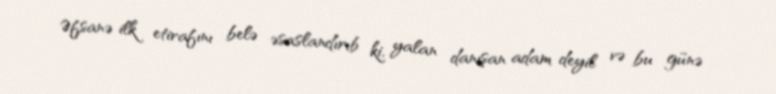
Əfsanə ilk etirafını belə əsaslandırıb ki, yalan danışan adam deyil və bu günə